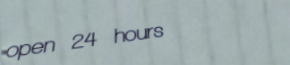
open 24 hours